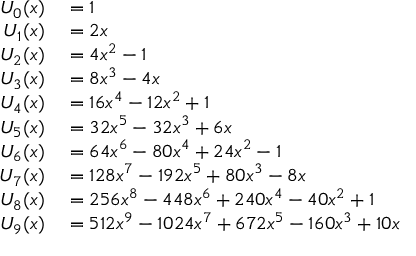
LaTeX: \begin{array} { r l } { U _ { 0 } ( x ) } & { { } = 1 } \\ { U _ { 1 } ( x ) } & { { } = 2 x } \\ { U _ { 2 } ( x ) } & { { } = 4 x ^ { 2 } - 1 } \\ { U _ { 3 } ( x ) } & { { } = 8 x ^ { 3 } - 4 x } \\ { U _ { 4 } ( x ) } & { { } = 1 6 x ^ { 4 } - 1 2 x ^ { 2 } + 1 } \\ { U _ { 5 } ( x ) } & { { } = 3 2 x ^ { 5 } - 3 2 x ^ { 3 } + 6 x } \\ { U _ { 6 } ( x ) } & { { } = 6 4 x ^ { 6 } - 8 0 x ^ { 4 } + 2 4 x ^ { 2 } - 1 } \\ { U _ { 7 } ( x ) } & { { } = 1 2 8 x ^ { 7 } - 1 9 2 x ^ { 5 } + 8 0 x ^ { 3 } - 8 x } \\ { U _ { 8 } ( x ) } & { { } = 2 5 6 x ^ { 8 } - 4 4 8 x ^ { 6 } + 2 4 0 x ^ { 4 } - 4 0 x ^ { 2 } + 1 } \\ { U _ { 9 } ( x ) } & { { } = 5 1 2 x ^ { 9 } - 1 0 2 4 x ^ { 7 } + 6 7 2 x ^ { 5 } - 1 6 0 x ^ { 3 } + 1 0 x } \end{array}